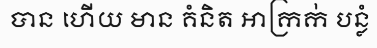
បាន ហើយ មាន គំនិត អាក្រក់ បន្លំ